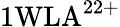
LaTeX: \mathrm{1WLA^{22+}}